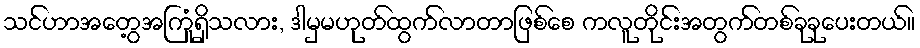
သင်ဟာအတွေ့အကြုံရှိသလား, ဒါမှမဟုတ်ထွက်လာတာဖြစ်စေ ကလူတိုင်းအတွက်တစ်ခုခုပေးတယ်။